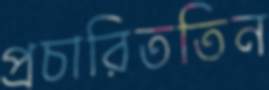
প্রচারিততিন